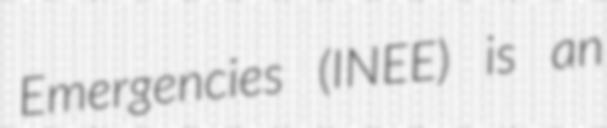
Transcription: Emergencies (INEE) is an